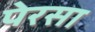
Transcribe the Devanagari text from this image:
पेरसा